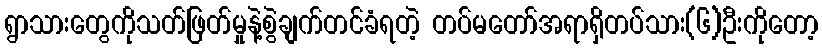
ရွာသားတွေကိုသတ်ဖြတ်မှုနဲ့စွဲချက်တင်ခံရတဲ့ တပ်မတော်အရာရှိတပ်သား(၆)ဦးကိုတော့